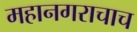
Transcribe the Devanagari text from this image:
महानगराचाच